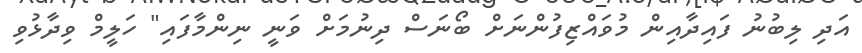
އަދި ލިބުނު ފައިދާއިން މުވައްޒިފުންނަށް ބޯނަސް ދިނުމަށް ވަނީ ނިންމާފައި" ހަލީމް ވިދާޅުވި